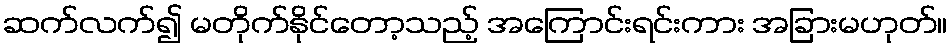
ဆက်လက်၍ မတိုက်နိုင်တော့သည့် အကြောင်းရင်းကား အခြားမဟုတ်။